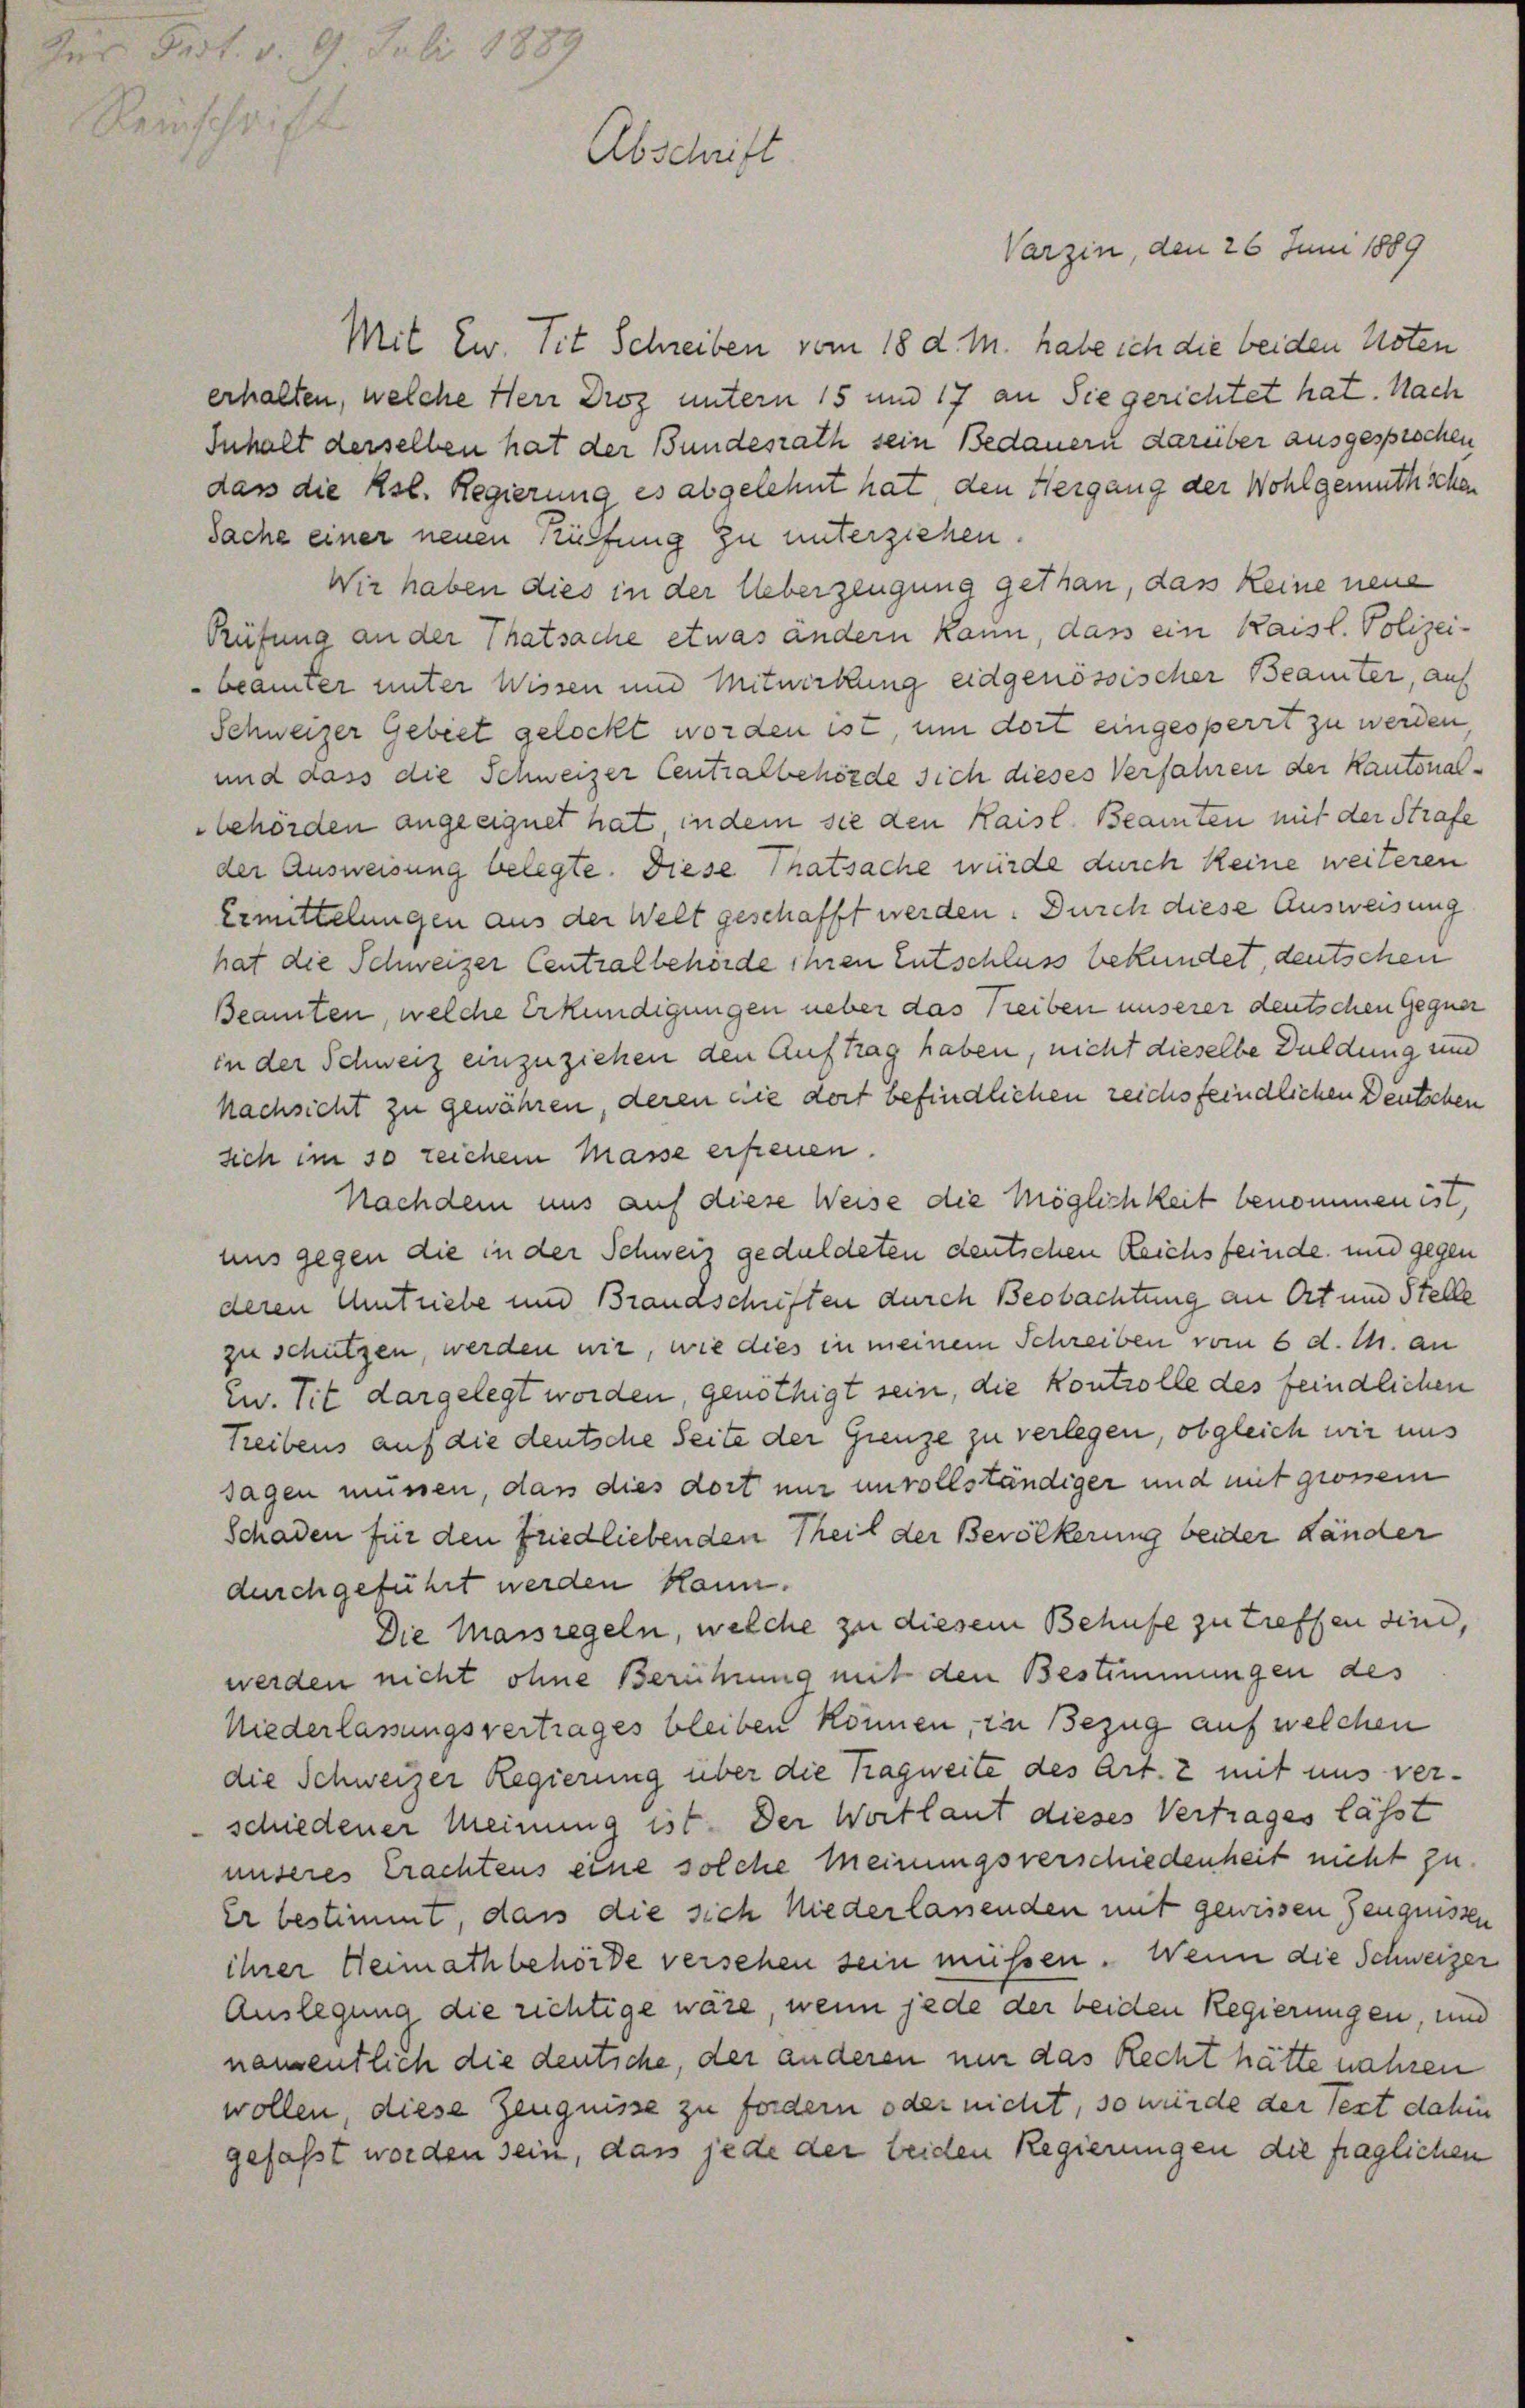
Für Past. v. 9.
Reinschrift

Juli 1889
Abschrift

Varzin, den 26 Juni 1889

Mit Ew. Tit. Schreiben vom 18 d. M. habe ich die beiden Noten
erhalten, welche Herr Droz untern 15 und 17 an Sie gerichtet hat. Nach
Inhalt derselben hat der Bundesrath sein Bedauern darüber ausgesprochen
dass die Asl. Regierung es abgelehnt hat den Hergang der Wohlgemuth schen
Sache einer neuen Rüffung zu unterziehen.
Wir haben dies in der Ueberzeugung gethan, das keine neue
Rüfung an der Thatsache etwas ändern kann, dass ein Kaisl. Polizei-
beamter unter Wissen und Mitwirkung eidgenössischer Beamter, auf
Schweizer Gebiet gelockt worden ist, um dort eingesperrt zu werden,
und dass die Schweizer Centralbehörde sich dieses Verfahren der Kantonalbehörden angeeignet hat in dem sie den Kaisl. Beamten mit der Strafe
der Ausweisung belegte. Diese Thatsache würde durch keine weiteren
Ermittelungen aus der Welt geschafft werden. Durch diese Ausweisung
hat die Schweizer Centralbehörde ihren Entschluss bekundet, deutschen
Beamten, welche Erkundigungen ueber das Treiben unserer deutschen Gegner
in der Schweiz einzuziehen den Auftrag haben, nicht dieselbe Duldung und
nachsicht zu gewähren, deren die dort befindlichen zeichsfeindlichen Deutschen
sich im so reichem Masse erfreuen.
Nachdem uns auf diese Weise die Möglichkeit benommen ist,
uns gegen die in der Schweiz geduldeten deutschen Reichsfeinde und gegen
deren Umtriebe und Brandschriften durch Beobachtung an Ort und Stelle
zu schützen, werden wir, wie dies in meinem Schreiben vom 6. d. M. an
Zw. Tit dargelegt worden, genöthigt sein, die Kontrolle des feindlichen
Treibens auf die deutsche Seite der Grenze zu verlegen, obgleich wir uns
sagen müssen, das dies dort nur unvollständiger und mit grossem
Schaden für den friedliebenden Theil der Bevölkerung beider Länder
durchgeführt werden kann.
Die Massregeln, welche zu diesem Behufe zu treffen sind,
werden nicht ohne Berührung mit den Bestimmungen des
Niederlassungsvertrages bleiben können, in Bezug auf welchen
die Schweizer Regierung über die Tagweite des Art. 2 mit uns verschiedener Meinung ist. Der Wortlaut dieses Vertrages lässt
unseres Erachtens eine solche Meinungsverschiedenheit nicht zu.
Er bestimmt, dass die sich niederlanenden mit gewissen Zeugnissen
ihrer Heimathbehörde versehen sein müssen. Wenn die Schweizer
Auslegung die richtige wäre, wenn jede der beiden Regierungen, und
namentlich die deutsche, der anderen nur das Recht hätte nahren
wollen, diese Zeugnisse zu fordern oder nicht, so würde der Text dahin
gefasst worden sein, das jede der beiden Regierungen die fraglichen